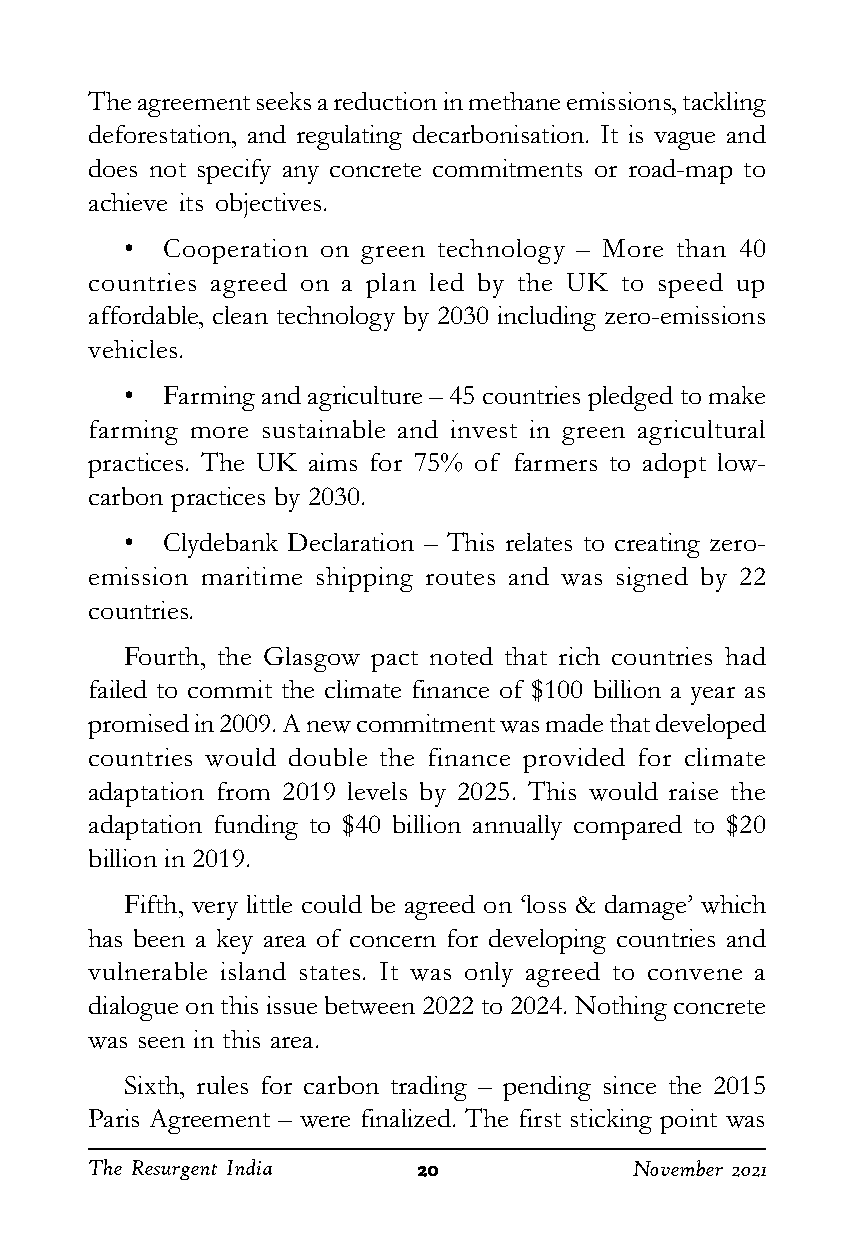
The agreement seeks a reduction in methane emissions, tackling
 deforestation, and regulating decarbonisation. It is vague and
 does not specify any concrete commitments or road-map to
 achieve its objectives.
 •  Cooperation on green technology – More than 40
 countries agreed on a plan led by the UK to speed up
 affordable, clean technology by 2030 including zero-emissions
 vehicles.
 •  Farming and agriculture – 45 countries pledged to make
 farming more sustainable and invest in green agricultural
 practices. The UK aims for 75% of farmers to adopt low-
 carbon practices by 2030.
 •  Clydebank Declaration – This relates to creating zero-
 emission maritime shipping routes and was signed by 22
 countries.
 Fourth, the Glasgow pact noted that rich countries had
 failed to commit the climate finance of $100 billion a year as
 promised in 2009. A new commitment was made that developed
 countries would double the finance provided for climate
 adaptation from 2019 levels by 2025. This would raise the
 adaptation funding to $40 billion annually compared to $20
 billion in 2019.
 Fifth, very little could be agreed on ‘loss & damage’ which
 has been a key area of concern for developing countries and
 vulnerable island states. It was only agreed to convene a
 dialogue on this issue between 2022 to 2024. Nothing concrete
 was seen in this area.
 Sixth, rules for carbon trading – pending since the 2015
 Paris Agreement – were finalized. The first sticking point was
 The Resurgent India   2222200000    November 2021